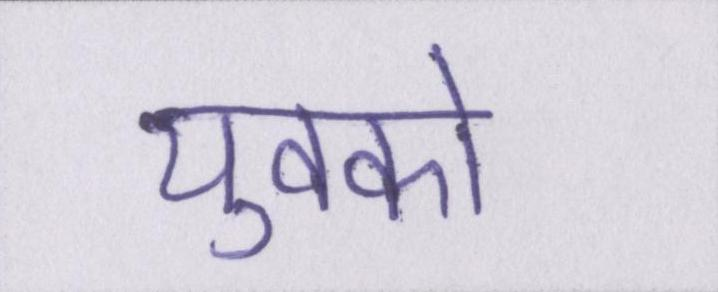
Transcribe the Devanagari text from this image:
युवको